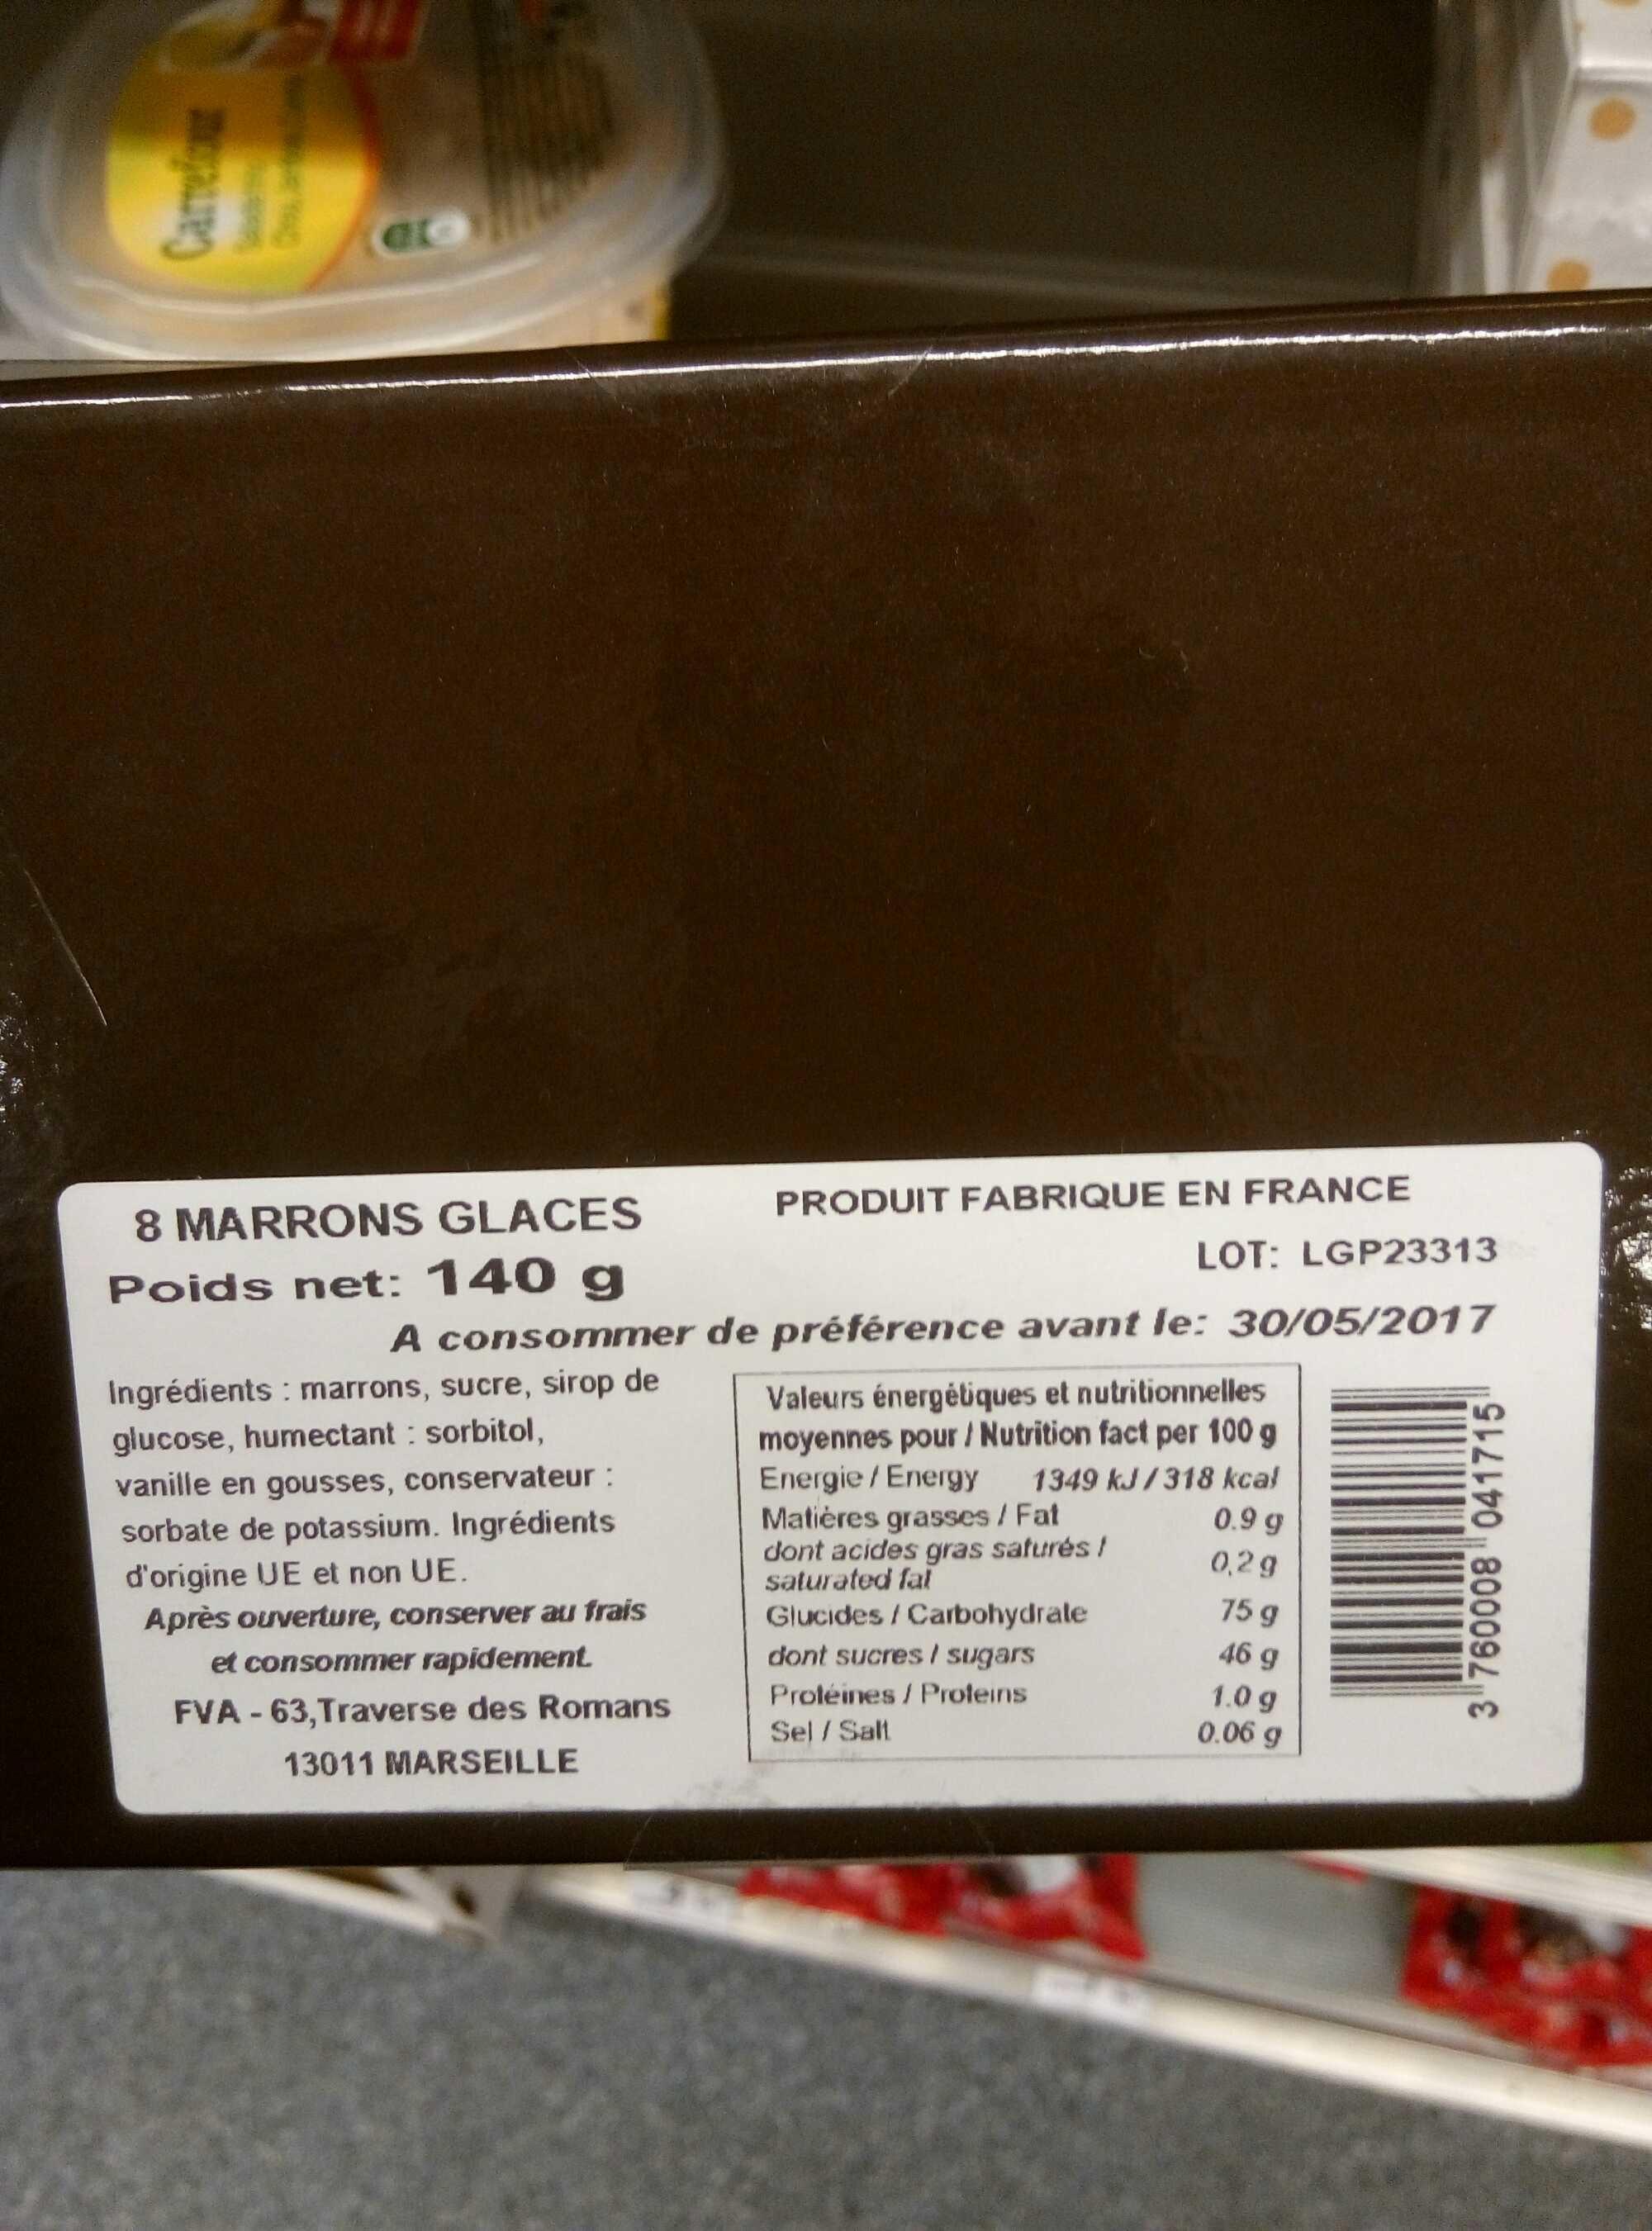
Carrefour
PRODUIT FABRIQUE EN FRANCE LOT: LGP23313
A consommer de préférence avant le: 30/05/2017
8 MARRONS GLACES
Poids net: 140 g
Ingrédients: marrons, sucre, sirop de glucose, humectant : sorbitol, vanille en gousses, conservateur : sorbate de potassium. Ingrédients d'origine UE et non UE.
Après ouverture, conserver au frais et consommer rapidement. FVA-63, Traverse des Romans
13011 MARSEILLE
Valeurs énergétiques et nutritionnelles moyennes pour / Nutrition fact per 100 g Energie/Energy 1349 kJ/318 kcal Matières grasses / Fat 0.9 g dont acides gras saturés ! 0,2g saturated fal 75 g
Glucides / Carbohydrate
46 g
1.0 g
dont sucres / sugars Protéines / Proteins Sel / Salt
0.06 g
3 760008 041715